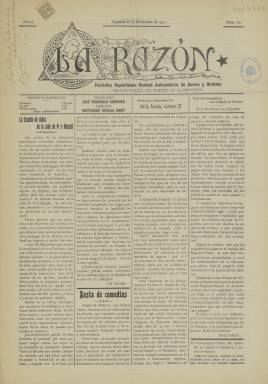
Título: La Razón (Figueras)
Colección: Periódicos
Ámbito geográfico: Gerona
Lugar de publicación: Figueras [Gerona]
Fechas: 26/11/1911-26/11/1911